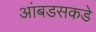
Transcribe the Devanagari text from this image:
आंबडसकडे